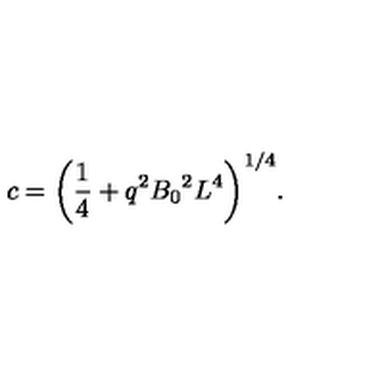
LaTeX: c = { \left( { \frac { 1 } { 4 } } + q ^ { 2 } { B _ { 0 } } ^ { 2 } L ^ { 4 } \right) } ^ { 1 / 4 } .